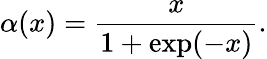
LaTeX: \alpha(x)=\frac{x}{1+\exp(-x)}.